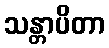
သန္တာပိတာ